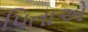
પિતાએ